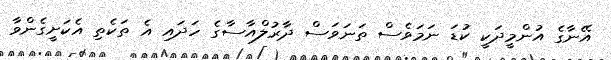
އޭނާގެ އުންމީދަކީ ކުޑަ ނަމަވެސް ތަނަވަސް ދާރުލްއާސާގެ ހަދައި އެ ތަކެތި އެކަށީގެންވާ